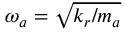
\omega _ { a } = \sqrt { k _ { r } / m _ { a } }